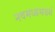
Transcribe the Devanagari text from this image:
नवमध्यमवर्ग